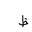
Letter: _za